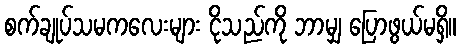
စက်ချုပ်သမကလေးများ ငိုသည်ကို ဘာမျှ ပြောဖွယ်မရှိ။